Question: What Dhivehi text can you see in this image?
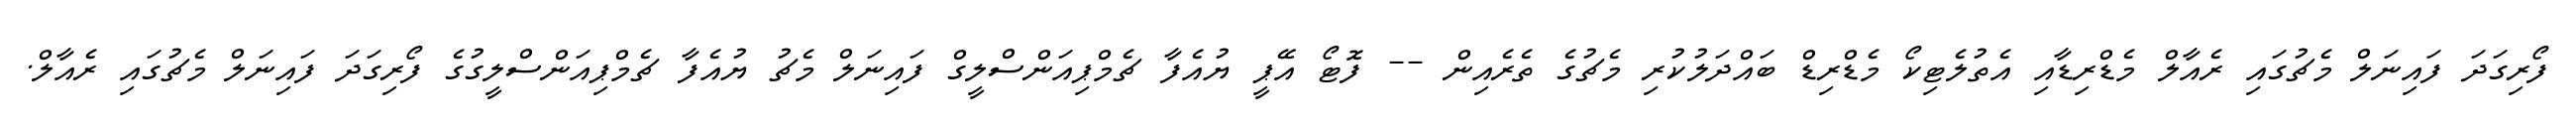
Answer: ފޯރިގަދަ ފައިނަލް މެޗުގައި ރެއާލް މެޑްރިޑާއި އެތުލެޓިކޯ މެޑްރިޑް ބައްދަލުކުރި މެޗުގެ ތެރެއިން -- ފޮޓޯ އޭޕީ ޔުއެފާ ޗެމްޕިއަންސްލީގް ފައިނަލް މެޗު ޔުއެފާ ޗެމްޕިއަންސްލީގުގެ ފޯރިގަދަ ފައިނަލް މެޗުގައި ރެއާލް.